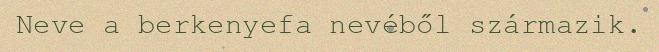
Neve a berkenyefa nevéből származik.